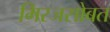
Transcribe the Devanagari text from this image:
मिरजसोबत